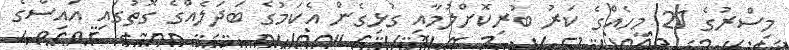
މިސްރުގެ 21 މީހެއްގެ ކަރު ބުރިކޮށްލުމާއި ގުޅިގެން އެކަމުގެ ބަދަލެއްގެ ގޮތުގައި އައިސްގެ